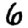
Digit: 6